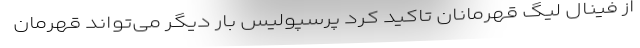
از فینال لیگ قهرمانان تاکید کرد پرسپولیس بار دیگر می‌تواند قهرمان